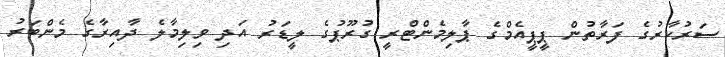
ސަރުކާރުގެ ފަރާތުން ޕީޕީއެމްގެ ޕާލިމެންޓްރީ ގުރޫޕުގެ ލީޑަރު އަދި ވިލިމާލެ ދާއިރާގެ މެންބަރު